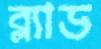
ব্ল্যাড